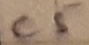
Text: C5